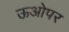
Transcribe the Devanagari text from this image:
ऊओपर